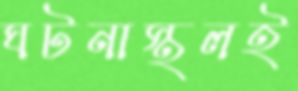
ঘটনাস্থলই